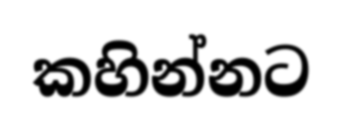
කහින්නට